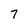
Character: 7